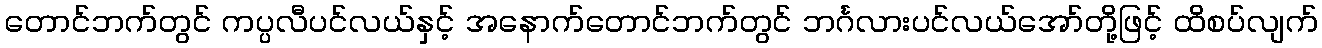
တောင်ဘက်တွင် ကပ္ပလီပင်လယ်နှင့် အနောက်တောင်ဘက်တွင် ဘင်္ဂလားပင်လယ်အော်တို့ဖြင့် ထိစပ်လျက်